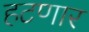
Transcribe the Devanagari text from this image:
हटणार